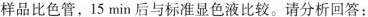
样品比色管，15min后与标准显色液比较。请分析回答：